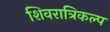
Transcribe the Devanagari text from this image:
शिवरात्रिकल्प